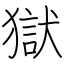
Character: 獄